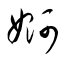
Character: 婀